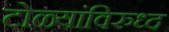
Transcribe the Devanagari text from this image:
टोळ्यांविरुध्द